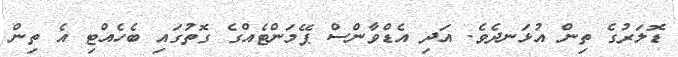
ޑޮލަރުގެ ތިން އުޅަނދެވެ. އަދި އެޑްވާންސް ޕޭމަންޓެއްގެ ގޮތުގައި ބެހެއްޓި އެ ތިން